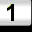
Digit: 1